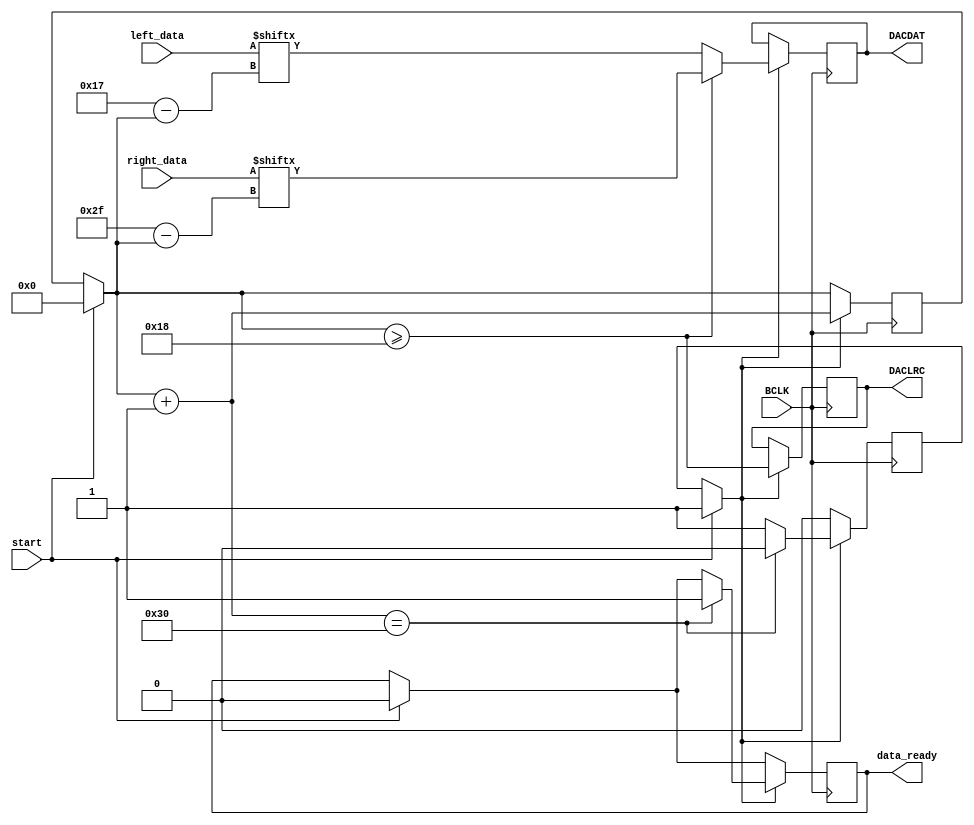
module out_lj #(parameter DATA_WIDTH = 24) (
    input BCLK,
    input start,
    input [(DATA_WIDTH - 1): 0] left_data,
    input [(DATA_WIDTH - 1): 0] right_data,
    output reg DACLRC,
    output reg DACDAT,
    output reg data_ready
);

    // Internal register
    reg[5:0] bit_counter = 5'd0;
    reg running = 0;

    //DAC processing
    always @(posedge BCLK) begin
        if(start) begin
            running = 1;
            bit_counter = 5'd0;
            data_ready = 0;
        end
        if(running) begin
            DACLRC = bit_counter >= DATA_WIDTH;
            if(DACLRC)
                DACDAT = right_data[DATA_WIDTH + DATA_WIDTH - 1 - bit_counter];
            else
                DACDAT = left_data[DATA_WIDTH - 1 - bit_counter];
            bit_counter = bit_counter + 1;
            if(bit_counter == DATA_WIDTH<<1) begin
                running = 0;
                data_ready = 1;
            end
        end
    end

   endmodule